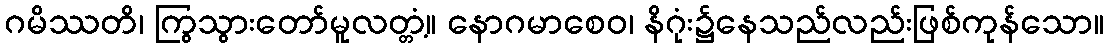
ဂမိဿတိ၊ ကြွသွားတော်မူလတ္တံ့။ နောဂမာစေဝ၊ နိဂုံး၌နေသည်လည်းဖြစ်ကုန်သော။